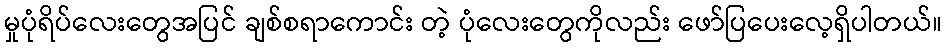
မှုပုံရိပ်လေးတွေအပြင် ချစ်စရာကောင်း တဲ့ ပုံလေးတွေကိုလည်း ဖော်ပြပေးလေ့ရှိပါတယ်။